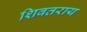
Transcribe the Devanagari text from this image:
शिवतराय